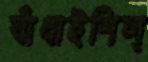
বাঁধাইশিল্